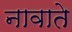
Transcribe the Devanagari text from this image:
नावाते